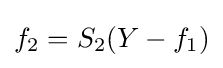
f_{2}=S_{2}(Y-f_{1})